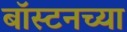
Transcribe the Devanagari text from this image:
बॉस्टनच्या